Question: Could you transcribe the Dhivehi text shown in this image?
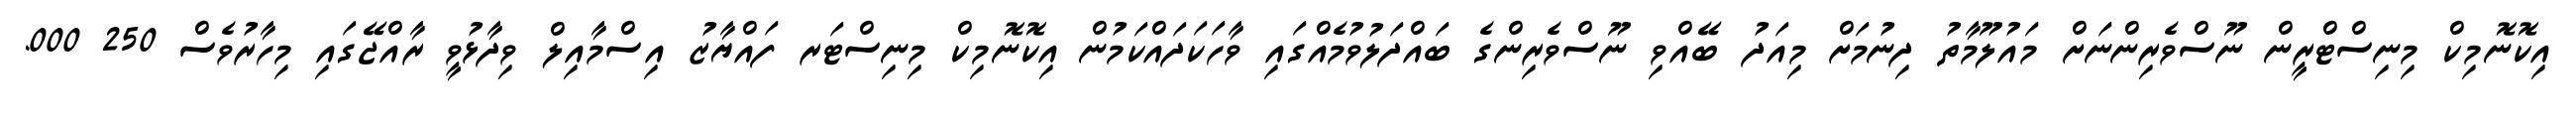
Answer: އިކޮނޮމިކް މިނިސްޓްރީން ނޫސްވެރިންނަށް މައުލޫމާތު ދިނުމަށް މިއަދު ބޭއްވި ނޫސްވެރިންގެ ބައްދަލުވުމެއްގައި ވާހަކަދައްކަމުން އިކޮނޮމިކް މިނިސްޓަރ ފައްޔާޒު އިސްމާއިލް ވިދާޅުވީ ރާއްޖޭގައި މިހާރުވެސް 250 000.